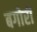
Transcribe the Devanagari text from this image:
बगोरी